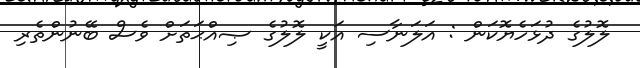
ލޮލުގެ ދުޅަހެޔޮކަން : އަލަނާސި އަކީ ލޮލުގެ ޞިއްޙަތަށް ވެސް ބޭނުންތެރި